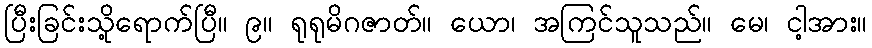
ပြီးခြင်းသို့ရောက်ပြီ။ ၉။ ရုရုမိဂဇာတ်။ ယော၊ အကြင်သူသည်။ မေ၊ ငါ့အား။